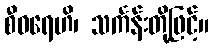
စီဝရေဟိ၊ သင်္ကန်းတို့ဖြင့်။